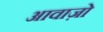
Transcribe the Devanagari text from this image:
आवाज़ो